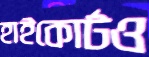
হাইকোর্টও